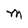
Character: M